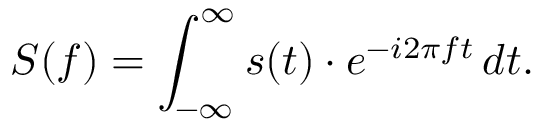
S ( f ) = \int _ { - \infty } ^ { \infty } s ( t ) \cdot e ^ { - i 2 \pi f t } \, d t .